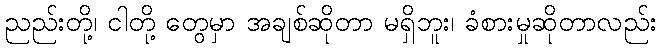
ညည်းတို့၊ ငါတို့ တွေမှာ အချစ်ဆိုတာ မရှိဘူး၊ ခံစားမှုဆိုတာလည်း